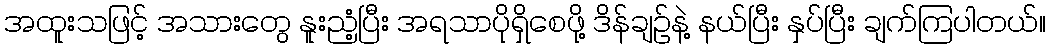
အထူးသဖြင့် အသားတွေ နူးညံ့ပြီး အရသာပိုရှိစေဖို့ ဒိန်ချဉ်နဲ့ နယ်ပြီး နှပ်ပြီး ချက်ကြပါတယ်။